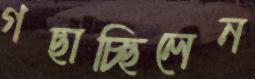
গছাচ্ছিলেন